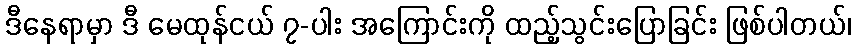
ဒီနေရာမှာ ဒီ မေထုန်ငယ် ၇-ပါး အကြောင်းကို ထည့်သွင်းပြောခြင်း ဖြစ်ပါတယ်၊